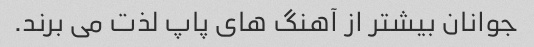
جوانان بیشتر از آهنگ های پاپ لذت می برند.